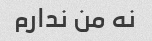
نه من ندارم